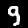
Digit: 9